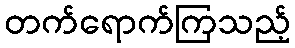
တက်ရောက်ကြသည့်